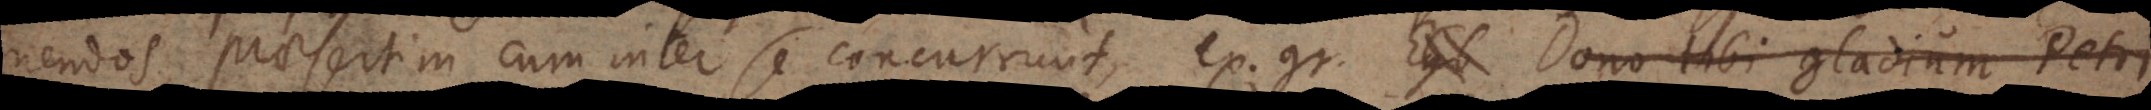
nendos, praesertim cum inter se concurrunt, ex. gr. Ego Dono tibi gladium Petri